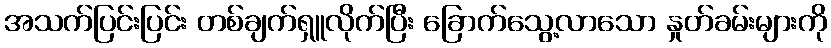
အသက်ပြင်းပြင်း တစ်ချက်ရှူလိုက်ပြီး ခြောက်သွေ့လာသော နှုတ်ခမ်းများကို